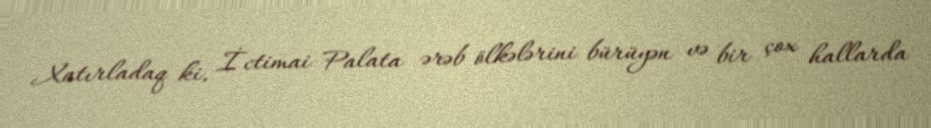
Xatırladaq ki, İctimai Palata ərəb ölkələrini bürüyən və bir çox hallarda